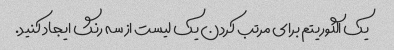
یک الگوریتم برای مرتب کردن یک لیست از سه رنگ ایجاد کنید.